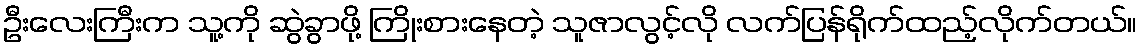
ဦးလေးကြီးက သူ့ကို ဆွဲခွာဖို့ ကြိုးစားနေတဲ့ သူဇာလွင့်လို လက်ပြန်ရိုက်ထည့်လိုက်တယ်။